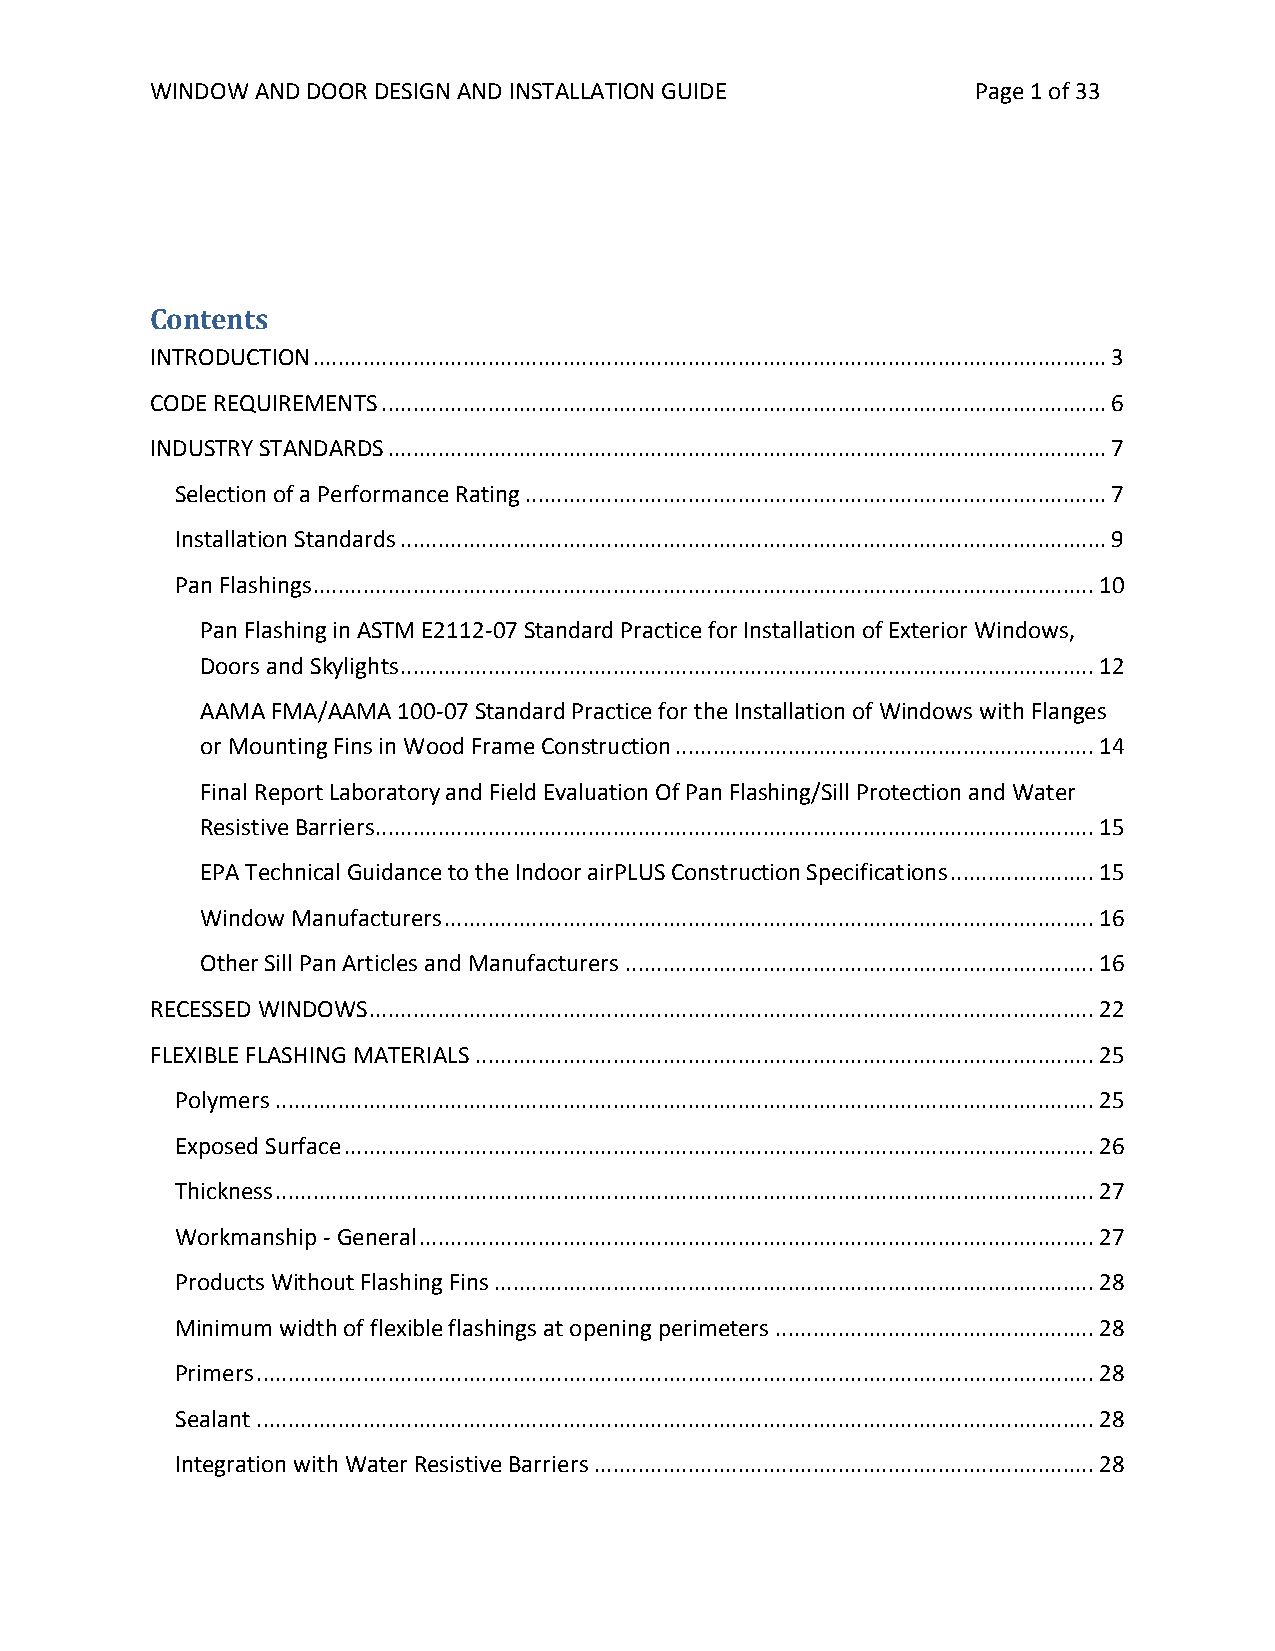
WINDOW AND DOOR DESIGN AND INSTALLATION GUIDE          Page 1 of 33
 Contents
 INTRODUCTION ............................................................................................................................... 3
 CODE REQUIREMENTS .................................................................................................................... 6
 INDUSTRY STANDARDS ................................................................................................................... 7
 Selection of a Performance Rating ............................................................................................. 7
 Installation Standards ................................................................................................................. 9
 Pan Flashings ............................................................................................................................. 10
 Pan Flashing in ASTM E2112-07 Standard Practice for Installation of Exterior Windows,
 Doors and Skylights ............................................................................................................... 12
 AAMA FMA/AAMA 100-07 Standard Practice for the Installation of Windows with Flanges
 or Mounting Fins in Wood Frame Construction ................................................................... 14
 Final Report Laboratory and Field Evaluation Of Pan Flashing/Sill Protection and Water
 Resistive Barriers ................................................................................................................... 15
 EPA Technical Guidance to the Indoor airPLUS Construction Specifications ....................... 15
 Window Manufacturers ........................................................................................................ 16
 Other Sill Pan Articles and Manufacturers ........................................................................... 16
 RECESSED WINDOWS .................................................................................................................... 22
 FLEXIBLE FLASHING MATERIALS ................................................................................................... 25
 Polymers ................................................................................................................................... 25
 Exposed Surface ........................................................................................................................ 26
 Thickness ................................................................................................................................... 27
 Workmanship - General ............................................................................................................ 27
 Products Without Flashing Fins ................................................................................................ 28
 Minimum width of flexible flashings at opening perimeters ................................................... 28
 Primers ...................................................................................................................................... 28
 Sealant ...................................................................................................................................... 28
 Integration with Water Resistive Barriers ................................................................................ 28